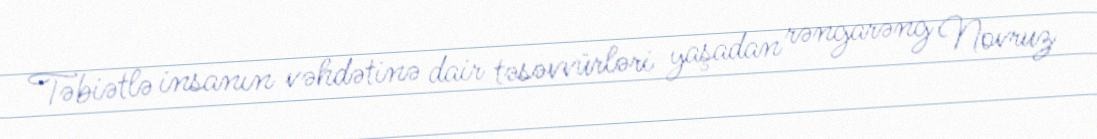
Təbiətlə insanın vəhdətinə dair təsəvvürləri yaşadan rəngarəng Novruz